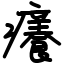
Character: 癢